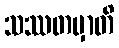
သဿတမှာတိ